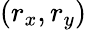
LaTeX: (r_{x},r_{y})